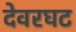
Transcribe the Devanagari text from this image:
देवरघट